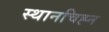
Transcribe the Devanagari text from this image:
स्थानचिह्न